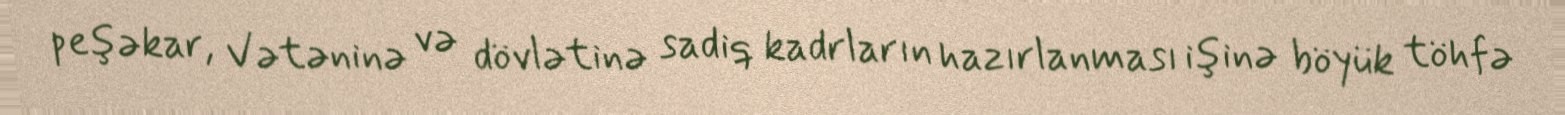
peşəkar, Vətəninə və dövlətinə sadiq kadrların hazırlanması işinə böyük töhfə